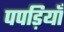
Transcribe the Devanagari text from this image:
पपड़ियाँ